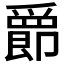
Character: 𫨀